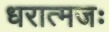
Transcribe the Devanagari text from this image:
धरात्मजः